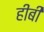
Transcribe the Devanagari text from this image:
हीबी